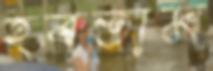
হরতাম